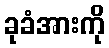
ခုခံအားကို